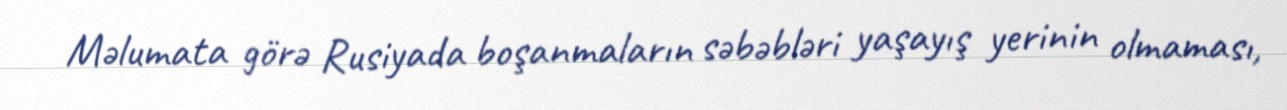
Məlumata görə Rusiyada boşanmaların səbəbləri yaşayış yerinin olmaması,